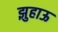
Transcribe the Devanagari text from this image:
झुहाऊ